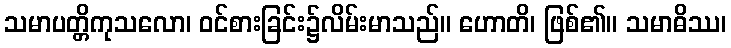
သမာပတ္တိကုသလော၊ ဝင်စားခြင်း၌လိမ်းမာသည်။ ဟောတိ၊ ဖြစ်၏။ သမာဓိဿ၊